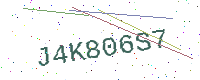
Text: J4K806S7